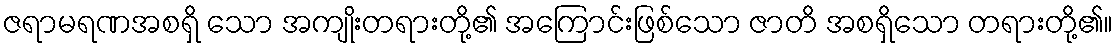
ဇရာမရဏအစရှိ သော အကျိုးတရားတို့၏ အကြောင်းဖြစ်သော ဇာတိ အစရှိသော တရားတို့၏။